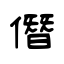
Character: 僭